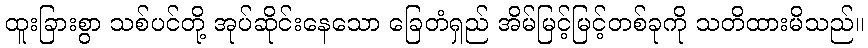
ထူးခြားစွာ သစ်ပင်တို့ အုပ်ဆိုင်းနေသော ခြေတံရှည် အိမ်မြင့်မြင့်တစ်ခုကို သတိထားမိသည်။